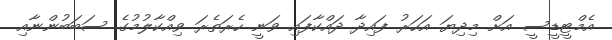
އެމްޓީޑީސީ އަށް މިދިޔަ އަހަރު ފައިދާ ދައްކާފައި ވަނީ ހެރަތެރަ ވިއްކާލުމުގެ ސަބަބުންނާއި